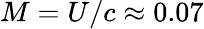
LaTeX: M=U/c\approx 0.07